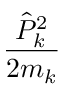
\frac { { \hat { P } } _ { k } ^ { 2 } } { 2 m _ { k } }